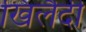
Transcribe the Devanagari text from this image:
खिलैदी